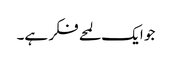
جو ایک لمحے فکر ہے۔